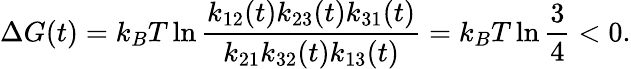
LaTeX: \Delta G(t)=k_{B}T\ln\frac{k_{12}(t)k_{23}(t)k_{31}(t)}{k_{21}k_{32}(t)k_{13}(t)}=k_{B}T\ln\frac{3}{4}<0.